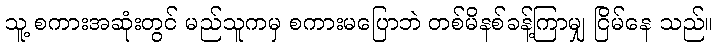
သူ့ စကားအဆုံးတွင် မည်သူကမှ စကားမပြောဘဲ တစ်မိနစ်ခန့်ကြာမျှ ငြိမ်နေ သည်။